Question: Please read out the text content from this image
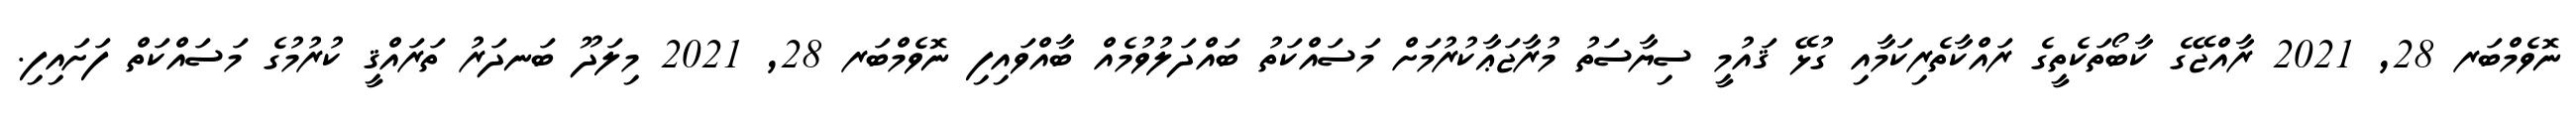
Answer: ނޮވެމްބަރ 28, 2021 ރާއްޖޭގެ ކާބޯތަކެތީގެ ރައްކާތެރިކަމާއި ގުޅޭ ޤައުމީ ސިޔާސަތު މުރާޖަޢާކުރުމަށް މަސައްކަތު ބައްދަލުވުމެއް ބާއްވައިފި ނޮވެމްބަރ 28, 2021 މިލަދޫ ބަނދަރު ތަރައްޤީ ކުރުމުގެ މަސައްކަތް ފަށައިފި.